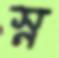
স্ন